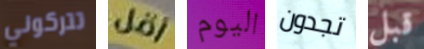
تتركوني أقل اليوم تجدون قبل